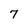
Character: 7